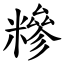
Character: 糝